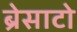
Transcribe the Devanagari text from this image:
ब्रेसाटो